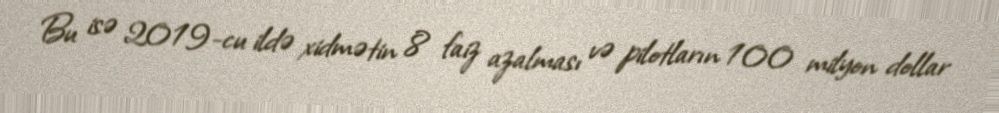
Bu isə 2019-cu ildə xidmətin 8 faiz azalması və pilotların 100 milyon dollar